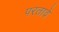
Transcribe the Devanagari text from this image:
परतावें